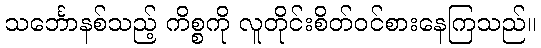
သင်္ဘောနစ်သည့် ကိစ္စကို လူတိုင်းစိတ်ဝင်စားနေကြသည်။